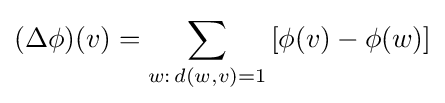
(\Delta \phi )(v)=\sum _{w:\,d(w,v)=1}\left[\phi (v)-\phi (w)\right]